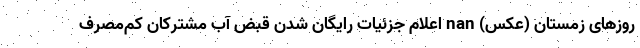
روزهای زمستان (عکس) nan اعلام جزئیات رایگان شدن قبض آب مشترکان کم‌مصرف